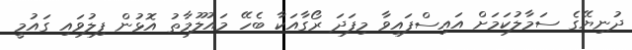
ދުނިޔޭގެ ސަމާލުކަމަށް އައިސްފައިވާ މިފަދަ ރޯގާއަކާ ބެހޭ މައުލޫމާތު އޮޅުން ފިލުވައި ގައުމީ